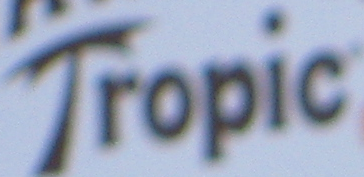
Tropic